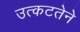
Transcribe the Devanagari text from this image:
उत्कटतेने